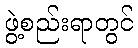
ဖွဲ့စည်းရာတွင်